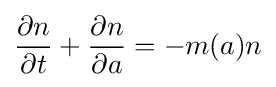
{\frac {\partial n}{\partial t}}+{\frac {\partial n}{\partial a}}=-m(a)n